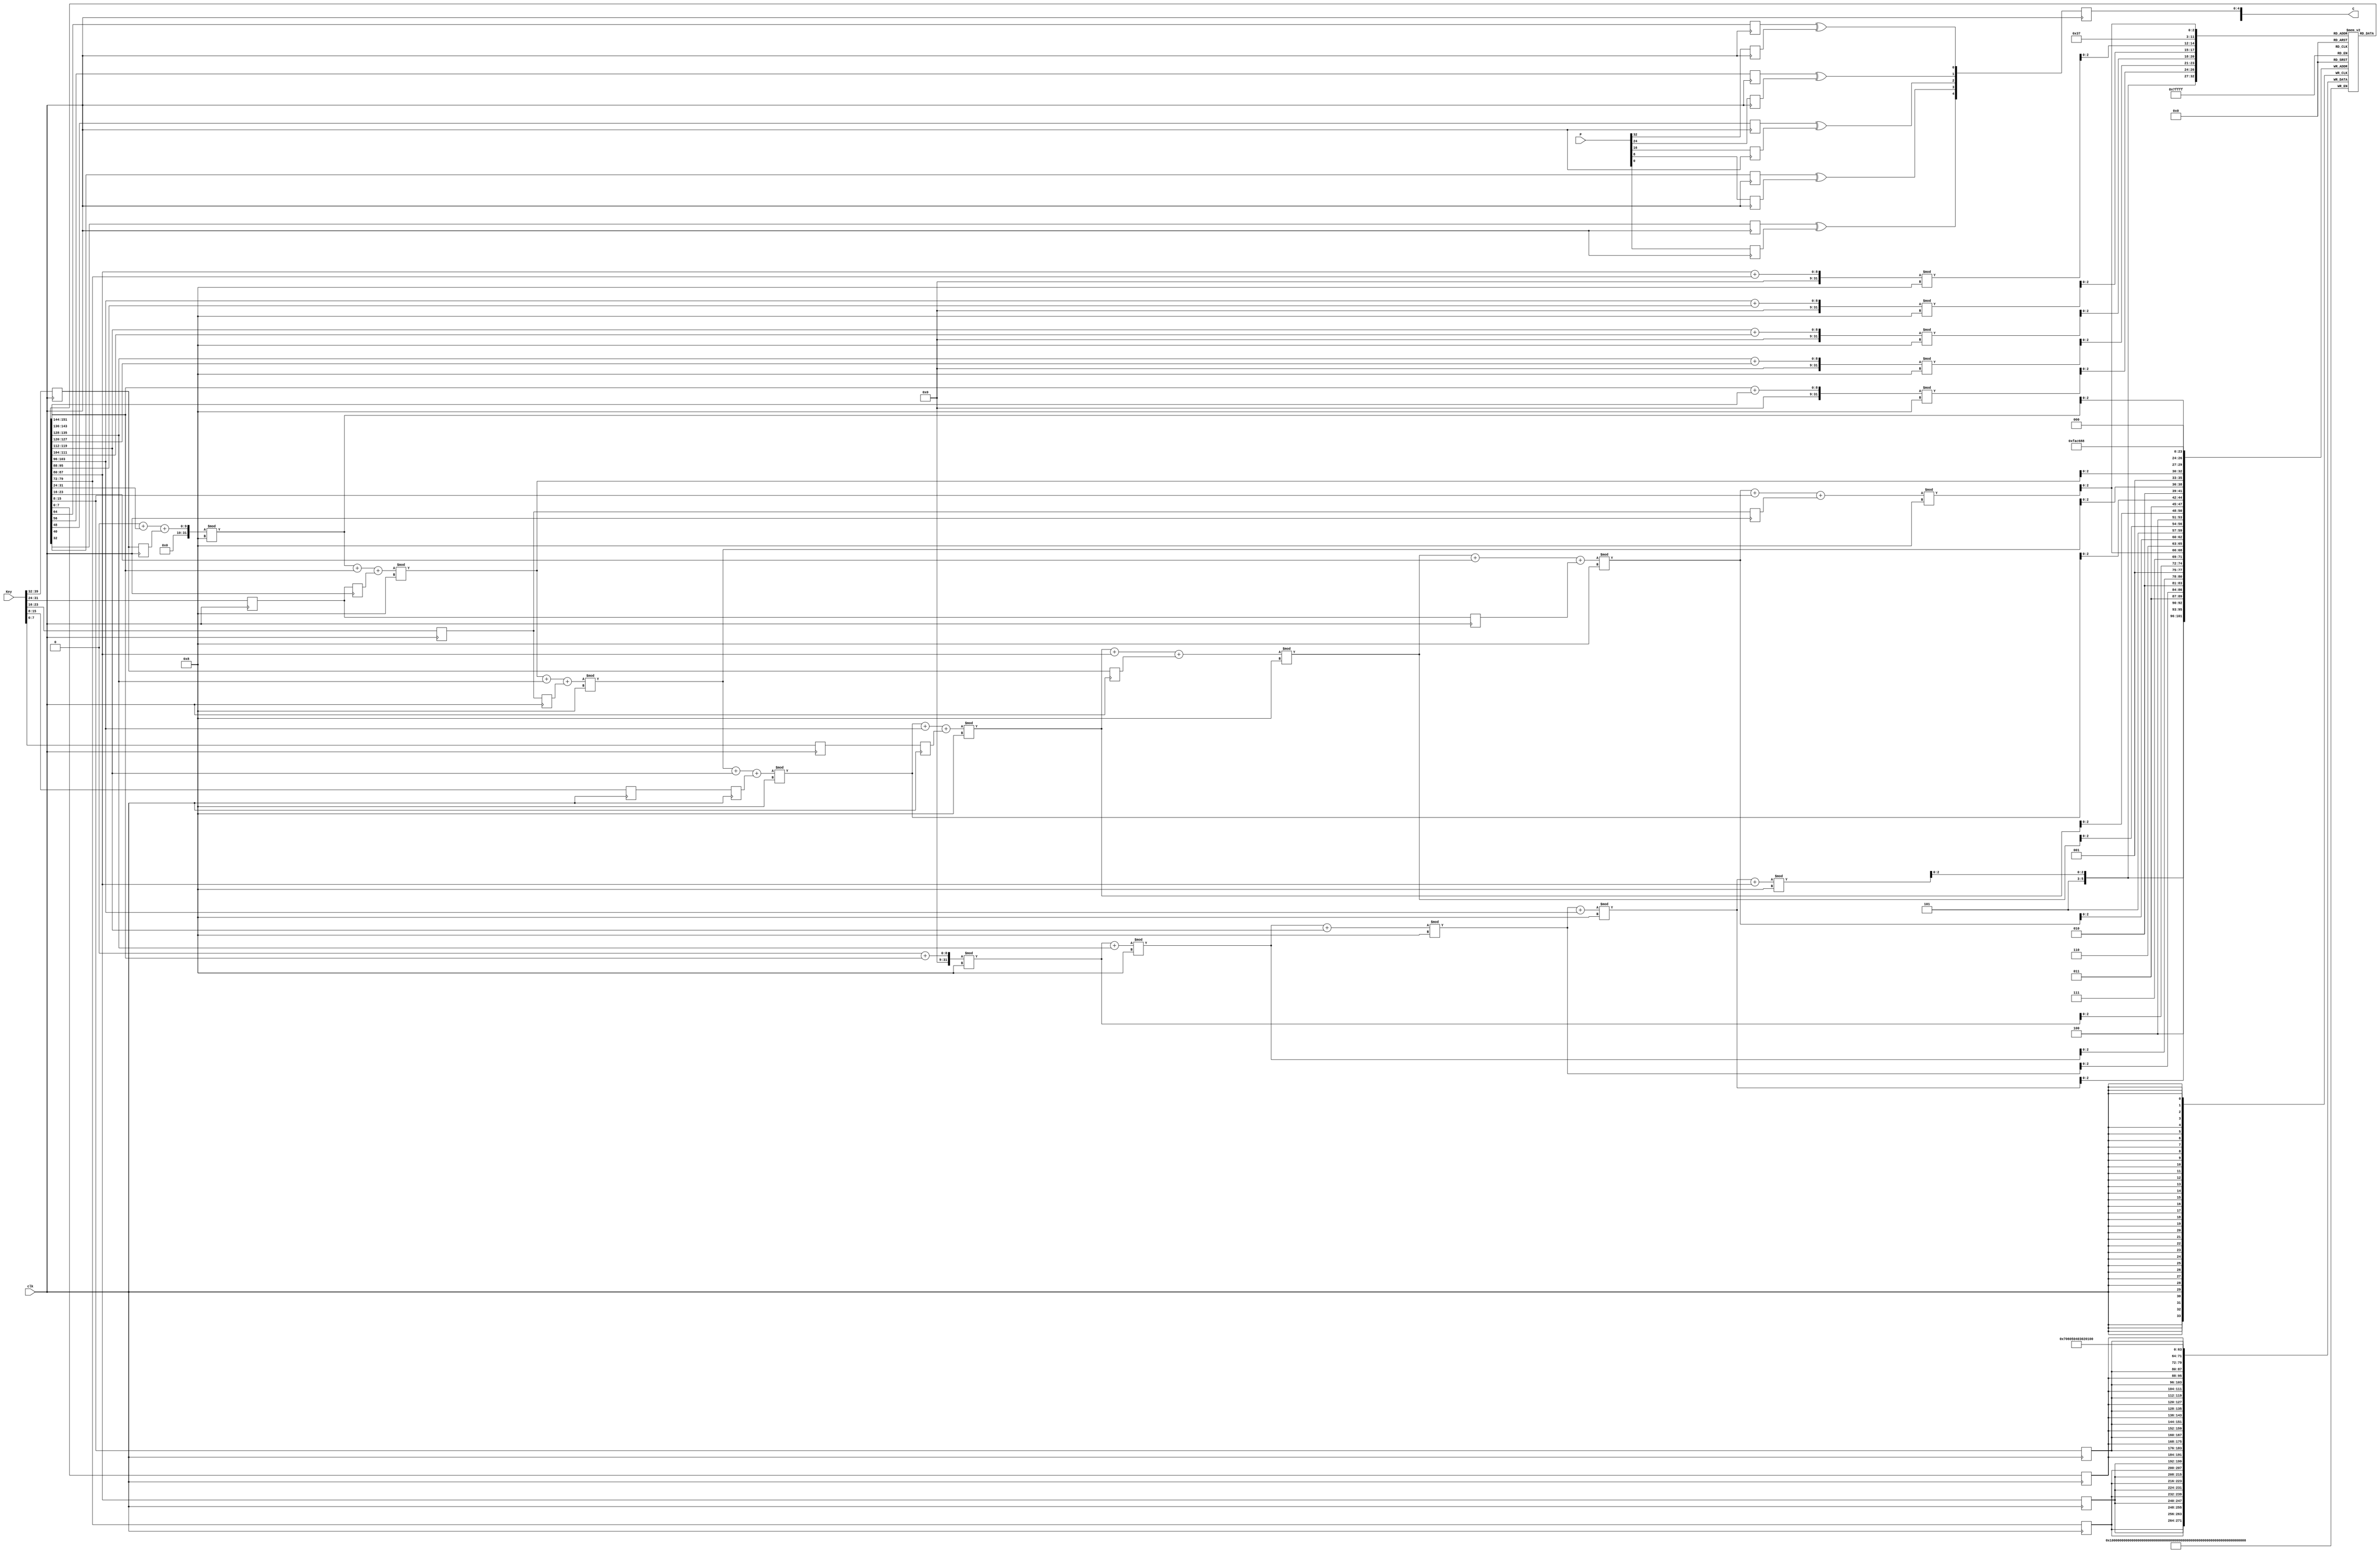
`timescale 1ns / 1ps
//////////////////////////////////////////////////////////////////////////////////
// Company: 
// Engineer: 
// 
// Design Name: 
// Module Name:    RC4 
// Project Name: 
// Target Devices: 
// Tool versions: 
// Description: 
//
// Dependencies: 
//
// Revision: 
// Revision 0.01 - File Created
// Additional Comments: 
//
//////////////////////////////////////////////////////////////////////////////////
module RC4 #(parameter N=5)(
    input [(8*N)-1:0] P,
    input [(8*N)-1:0] Key,
	 input clk,
    output  reg [(8*N)-1:0] C
    );
	 wire a,b,c,d;
	 reg [7:0]S[0:7];// S array  
	 reg [7:0]key[0:4]; // key
	 reg [7:0]T[0:7]; // T array
	 reg [7:0]p[0:4];
	 
	 reg [7:0]r;
	 reg [7:0]t;

	 reg [7:0]x;
	 reg [7:0]y;
	 reg [7:0]k[0:4];
	 
	 integer i,j,m,n,w;
	 
	 always@(posedge clk) 
	 begin
	 S[0] <= 8'd0;
	 S[1] <= 8'd1;
	 S[2] <= 8'd2;
	 S[3] <= 8'd3;
	 S[4] <= 8'd4;
	 S[5] <= 8'd5;
	 S[6] <= 8'd6;
	 S[7] <= 8'd7;
	 p[0] <= P[39:32];
	 p[1] <= P[31:24];
	 p[2] <= P[23:16];
	 p[3] <= P[15:8];
	 p[4] <= P[7:0];
	 key[0] <= Key[39:32];
	 key[1] <= Key[31:24];
	 key[2] <= Key[23:16];
	 key[3] <= Key[15:8];
	 key[4] <= Key[7:0];
	 T[0] <= key[0];
	 T[1] <= key[1];
	 T[2] <= key[2];
	 T[3] <= key[3];
	 T[4] <= key[4];
	 T[5] <= key[0];
	 T[6] <= key[1];
	 T[7] <= key[2];
	 
	 j=0;
	 m=0;
	 n=0;
	 w=0;
	 
  	 for(i=0;i<8;i=i+1) begin
    j = ((j + S[i] + T[i]))%4'd8;
	 
    r<=S[i];
	 
	 t<= S[j];
	 
	 S[j]<=r;
	 
	 S[i]<=t;
 	 end

	 
	 for(i = 0; i < N;i = i+1)
	 begin
	 
	 m=((m+3'd1)%4'd8);
	 
	 n=(n+S[m])%4'd8;
	 
	 x<=S[m];
	 
	 y<= S[n];
	 
	 S[n]<=x;
	 
	 S[m]<=y;
	 
	 w = ((S[m] + S[n])%4'd8);
	 
	 k[i] <= S[w]; 
	 C[i] <= k[i]^p[i];
	 end
	 
	 end
	 
	 
	 


endmodule